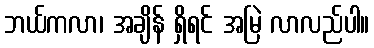
ဘယ်ကလာ၊ အချိန် ရှိရင် အမြဲ လာလည်ပါ။